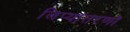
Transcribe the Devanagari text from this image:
लिप्यांतरणों